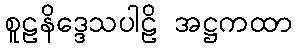
စူဠနိဒ္ဒေသပါဠိ အဋ္ဌကထာ